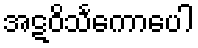
အဋဝိသင်္ကောပေါ